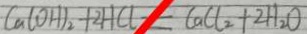
C a ( O H ) _ { 2 } + 2 H C l = C a C l _ { 2 } + 2 H _ { 2 } O